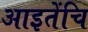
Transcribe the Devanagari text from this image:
आइतेंचि